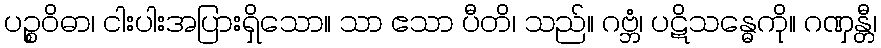
ပဉ္စဝိဓာ၊ ငါးပါးအပြားရှိသော။ သာ ဧသာ ပီတိ၊ သည်။ ဂဗ္ဘံ၊ ပဋိသန္ဓေကို။ ဂဏှန္တီ၊